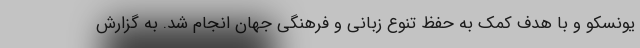
یونسکو و با هدف کمک به حفظ تنوع زبانی و فرهنگی جهان انجام شد. به گزارش